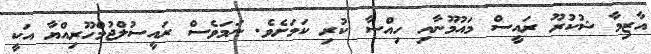
އާޒިމާ ޝުކުރޫ ރައީސް މައުމޫނާއި ހިއްސާ ކުރި ކަމަށެވެ. ނަމަވެސް ރައީސުލްޖުމްހޫރިއްޔާ އަކީ